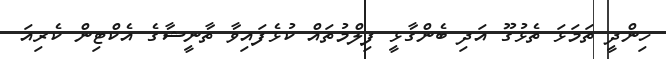
ހިންދީ ތަމަޅަ ތެޅުގޫ އަދި ބެންގާޅީ ފިލްމުތައް ކުޅެފައިވާ ތާނީޝާގެ އެކްޓިން ކެރިއަ